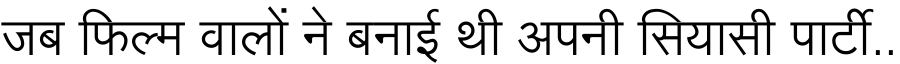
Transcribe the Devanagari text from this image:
जब फिल्म वालों ने बनाई थी अपनी सियासी पार्टी..